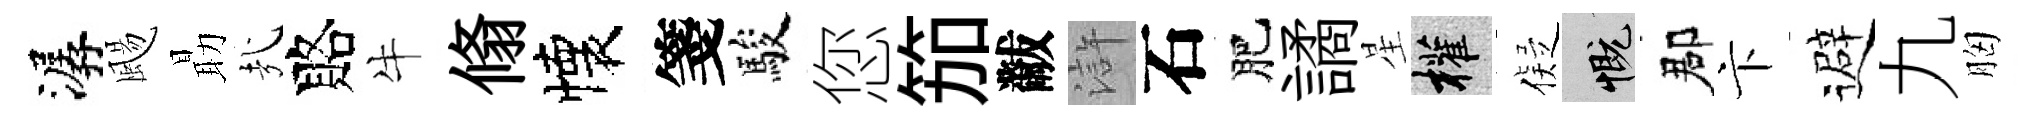
潺颺朂㢤賂牛翛懐箋駿您笳黻滸石肥譎星權儗慨郡卞避九胸